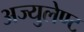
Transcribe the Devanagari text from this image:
अज्युलेण्ट